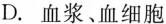
D.血浆、血细胞